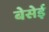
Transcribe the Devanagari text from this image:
बेसेई